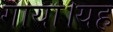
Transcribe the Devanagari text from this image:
गाया।यह